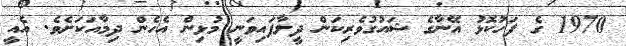
1970 ގެ ފަހުކޮޅު އޭނާގެ ޝައުގުވެރިކަން ދީލާފައިވަނީ މުޅިން އެހެން ދިމާއަކަށެވެ. އެއީ